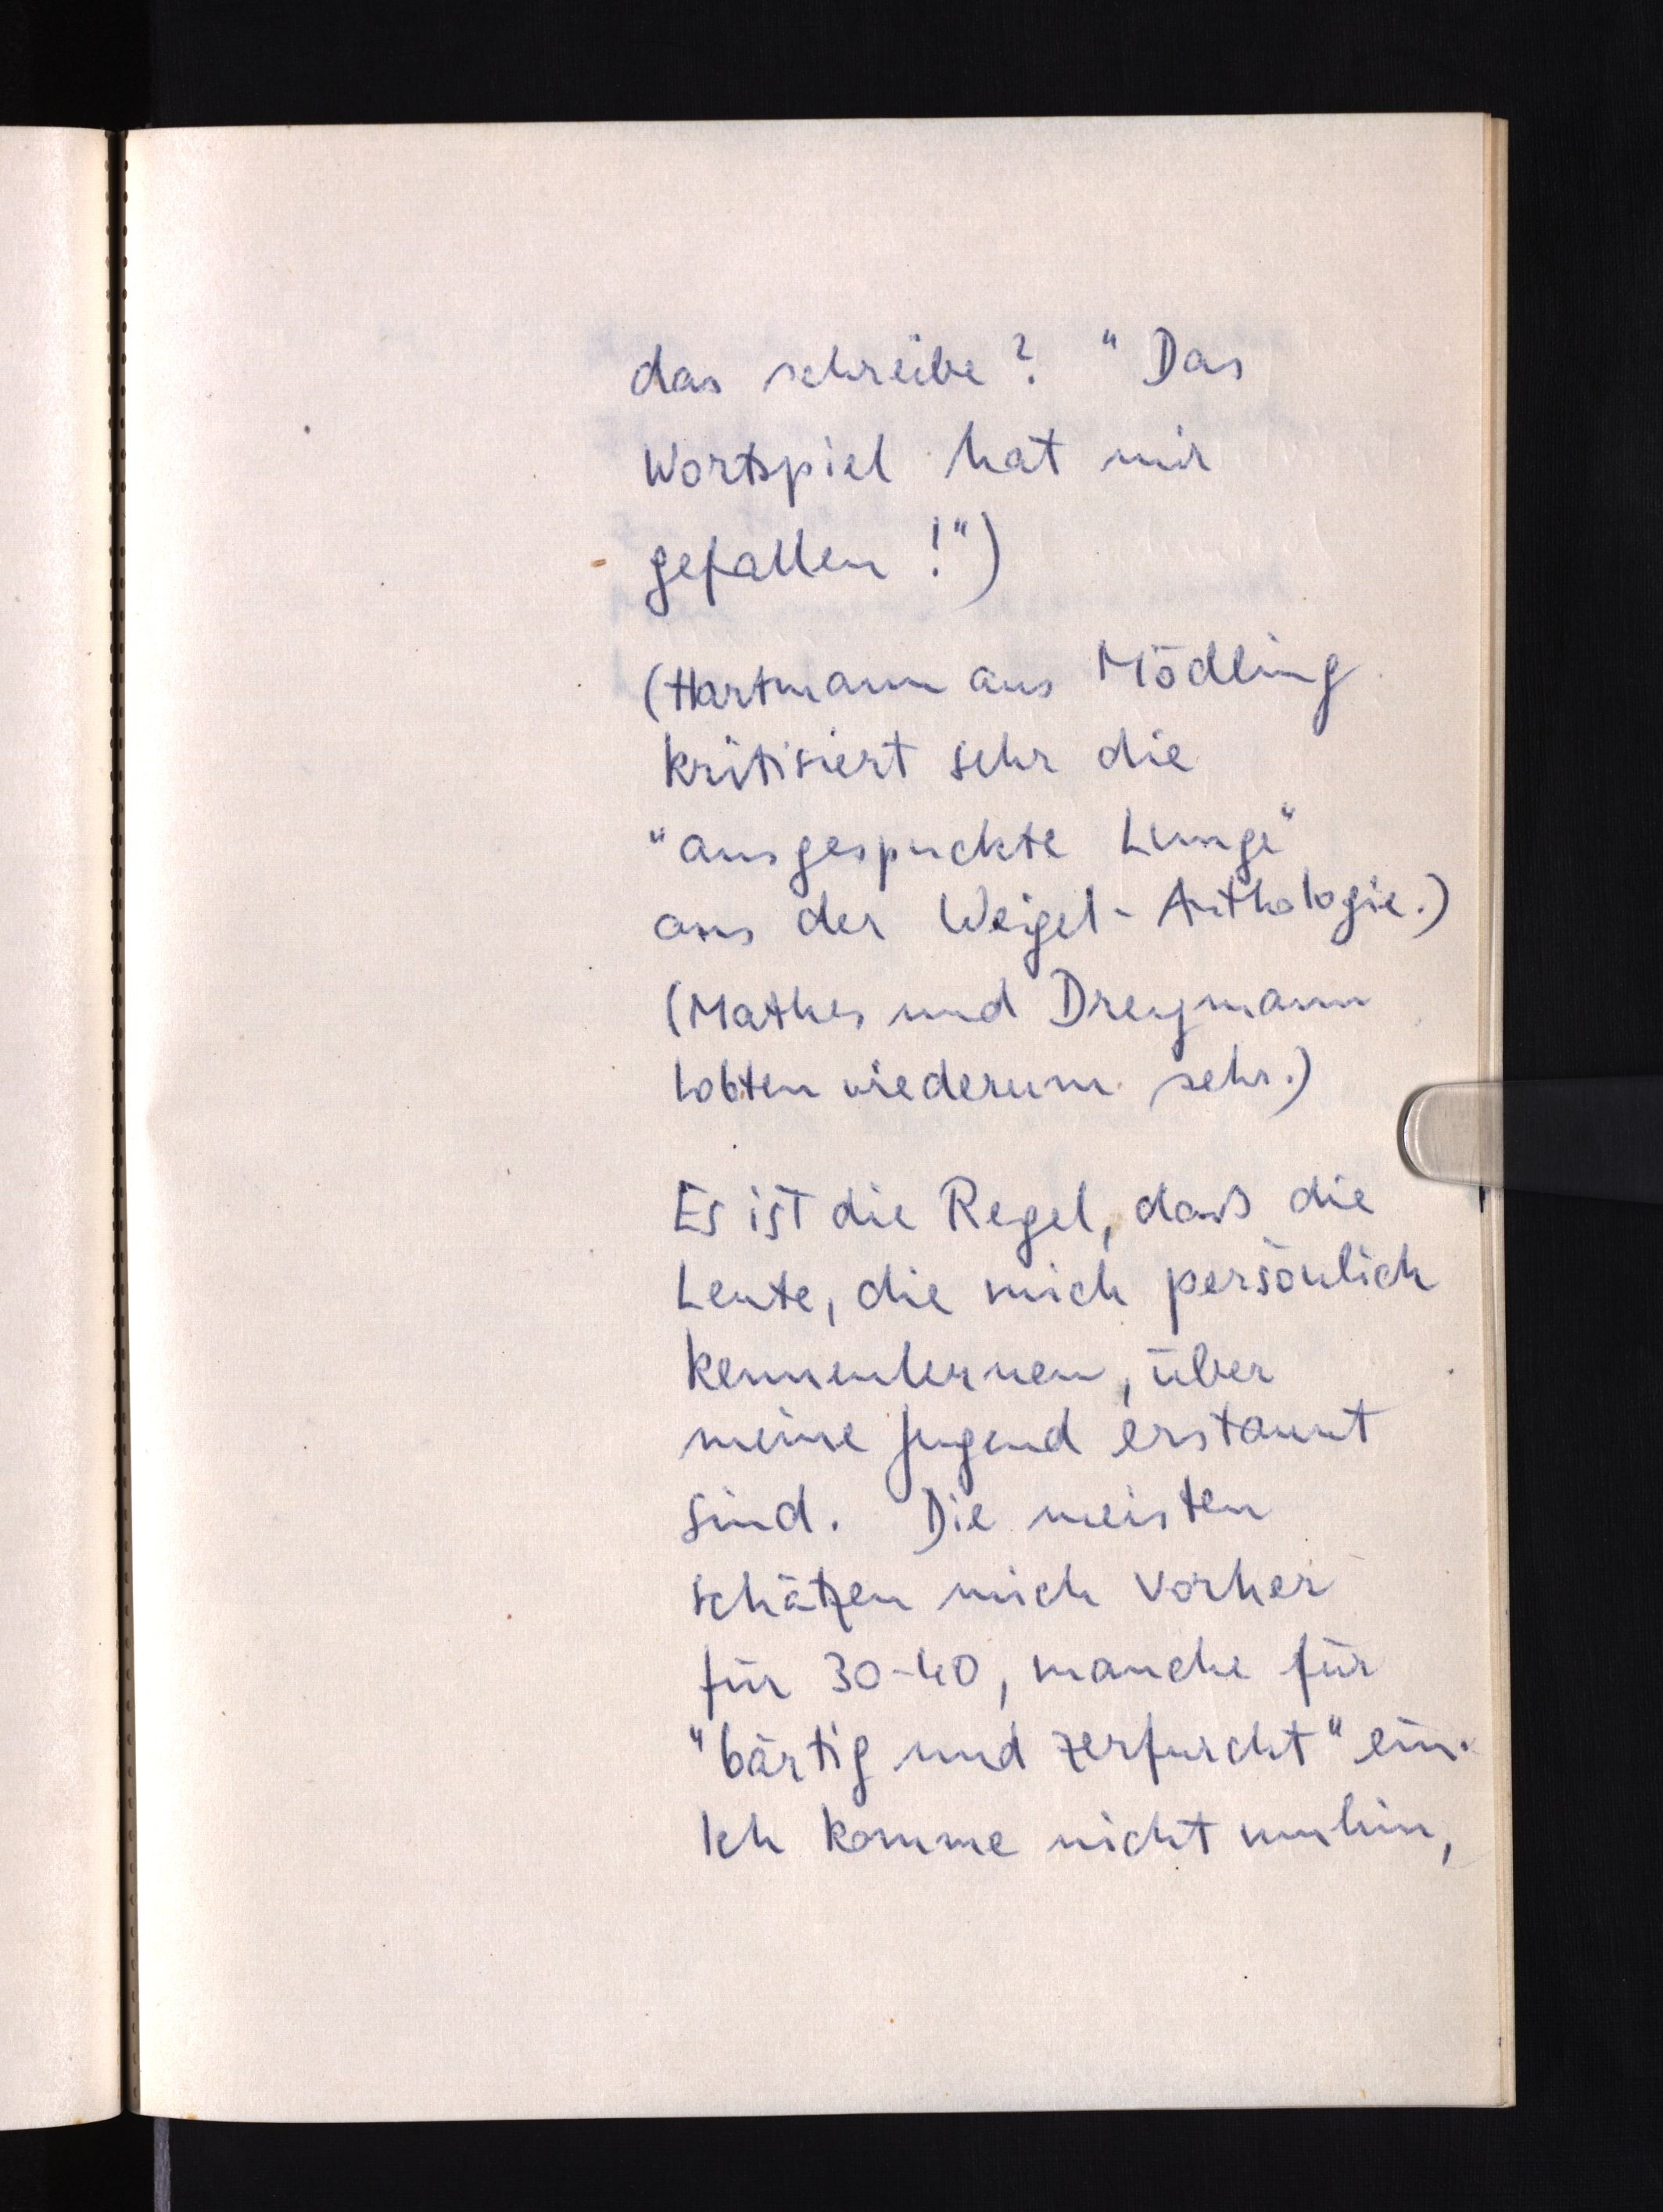
das schreibe? "Das
Wortspiel hat mir
gefallen!")
(Hartmann aus Mödling
kritisiert sehr die
"ausgespuckte Lunge"
aus der Weigel-Anthologie.)
(Mathes und Dreymann
lobten wiederum sehr.)
Es ist die Regel, daß die
Leute, die mich persönlich
kennenlernen, über
meine Jugend erstaunt
sind. Die meisten
schätzen mich vorher
für 30-40, manche für
"bärtig und zerfurcht" ein.
Ich komme nicht umhin,